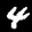
Label: 4